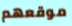
موقعهم